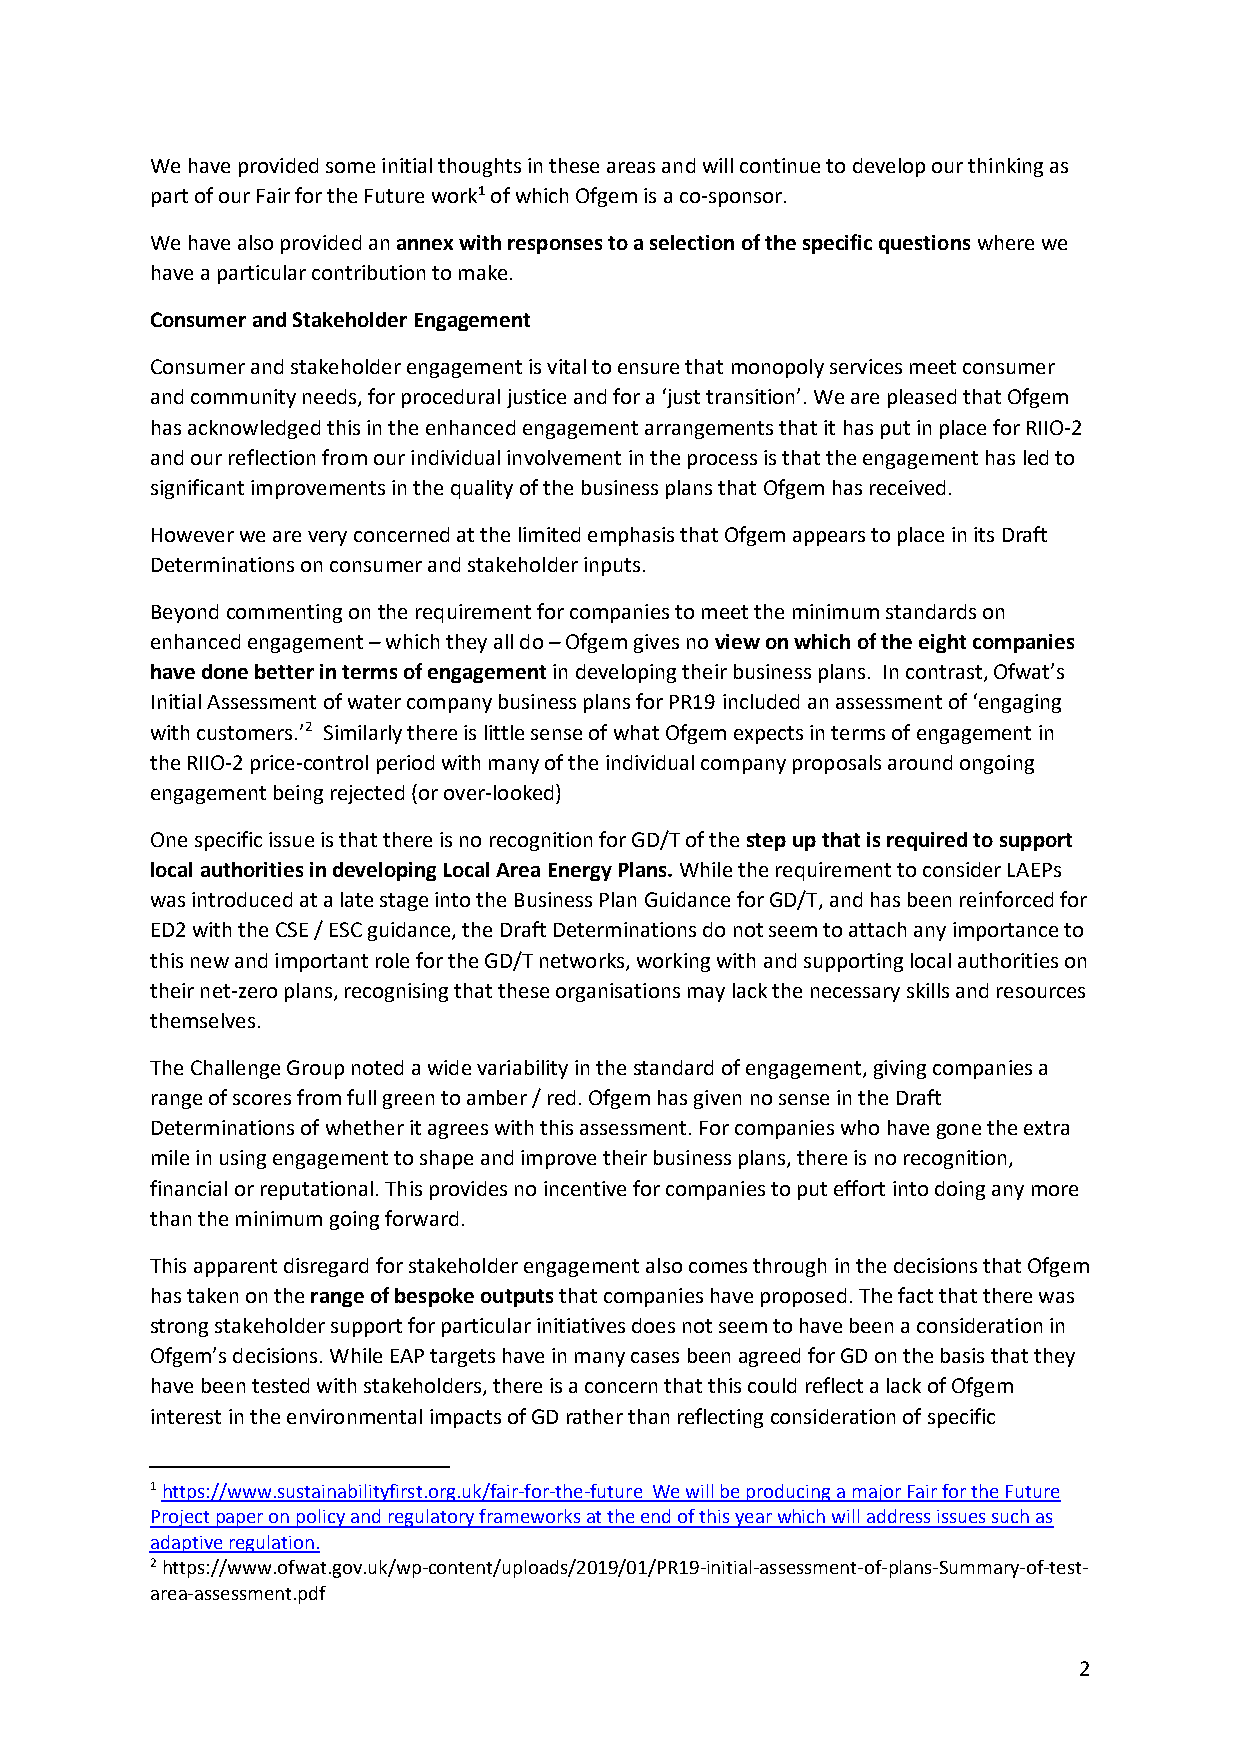
We have provided some initial thoughts in these areas and will continue to develop our thinking as
 part of our Fair for the Future work1 of which Ofgem is a co-sponsor.
 We have also provided an annex with responses to a selection of the specific questions where we
 have a particular contribution to make.
 Consumer and Stakeholder Engagement
 Consumer and stakeholder engagement is vital to ensure that monopoly services meet consumer
 and community needs, for procedural justice and for a ‘just transition’. We are pleased that Ofgem
 has acknowledged this in the enhanced engagement arrangements that it has put in place for RIIO-2
 and our reflection from our individual involvement in the process is that the engagement has led to
 significant improvements in the quality of the business plans that Ofgem has received.
 However we are very concerned at the limited emphasis that Ofgem appears to place in its Draft
 Determinations on consumer and stakeholder inputs.
 Beyond commenting on the requirement for companies to meet the minimum standards on
 enhanced engagement – which they all do – Ofgem gives no view on which of the eight companies
 have done better in terms of engagement in developing their business plans. In contrast, Ofwat’s
 Initial Assessment of water company business plans for PR19 included an assessment of ‘engaging
 with customers.’2 Similarly there is little sense of what Ofgem expects in terms of engagement in
 the RIIO-2 price-control period with many of the individual company proposals around ongoing
 engagement being rejected (or over-looked)
 One specific issue is that there is no recognition for GD/T of the step up that is required to support
 local authorities in developing Local Area Energy Plans. While the requirement to consider LAEPs
 was introduced at a late stage into the Business Plan Guidance for GD/T, and has been reinforced for
 ED2 with the CSE / ESC guidance, the Draft Determinations do not seem to attach any importance to
 this new and important role for the GD/T networks, working with and supporting local authorities on
 their net-zero plans, recognising that these organisations may lack the necessary skills and resources
 themselves.
 The Challenge Group noted a wide variability in the standard of engagement, giving companies a
 range of scores from full green to amber / red. Ofgem has given no sense in the Draft
 Determinations of whether it agrees with this assessment. For companies who have gone the extra
 mile in using engagement to shape and improve their business plans, there is no recognition,
 financial or reputational. This provides no incentive for companies to put effort into doing any more
 than the minimum going forward.
 This apparent disregard for stakeholder engagement also comes through in the decisions that Ofgem
 has taken on the range of bespoke outputs that companies have proposed. The fact that there was
 strong stakeholder support for particular initiatives does not seem to have been a consideration in
 Ofgem’s decisions. While EAP targets have in many cases been agreed for GD on the basis that they
 have been tested with stakeholders, there is a concern that this could reflect a lack of Ofgem
 interest in the environmental impacts of GD rather than reflecting consideration of specific
 1 https://www.sustainabilityfirst.org.uk/fair-for-the-future We will be producing a major Fair for the Future
 Project paper on policy and regulatory frameworks at the end of this year which will address issues such as
 adaptive regulation.
 2 https://www.ofwat.gov.uk/wp-content/uploads/2019/01/PR19-initial-assessment-of-plans-Summary-of-test-
 area-assessment.pdf
 2